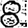
Digit: 8